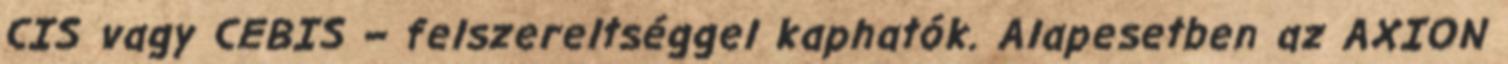
CIS vagy CEBIS – felszereltséggel kaphatók. Alapesetben az AXION